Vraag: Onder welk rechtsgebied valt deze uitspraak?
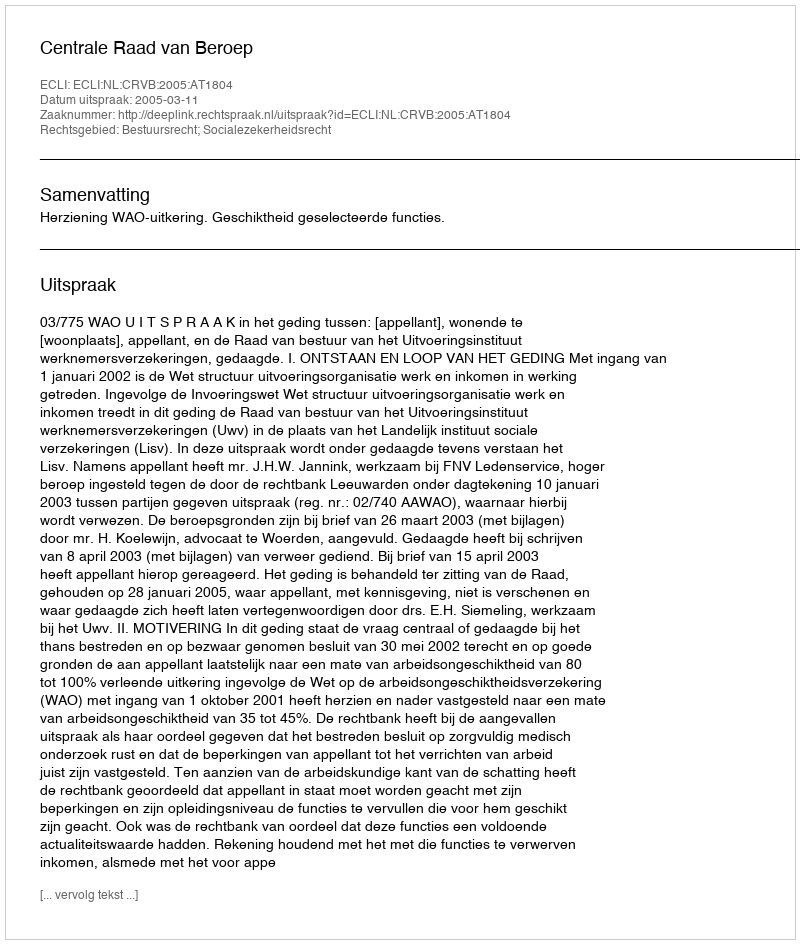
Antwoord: Bestuursrecht; Socialezekerheidsrecht